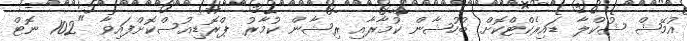
އުމޭޝް ޝުކްލާ ޑައިރެކްޓްކޮށް ބުހުޝާން ކުމާރާއި ރިޝާން ކުމާރު ޕްރޮޑިއުސްކޮށްފައިވާ "102 ނޮޓް